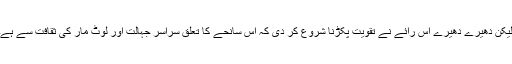
لیکن دھیرے دھیرے اس رائے نے تقویت پکڑنا شروع کر دی کہ اس سانحے کا تعلق سراسر جہالت اور لوٹ مار کی ثقافت سے ہے۔